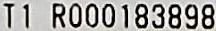
T1 R000183898